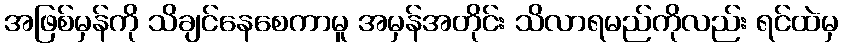
အဖြစ်မှန်ကို သိချင်နေစေကာမူ အမှန်အတိုင်း သိလာရမည်ကိုလည်း ရင်ထဲမှ